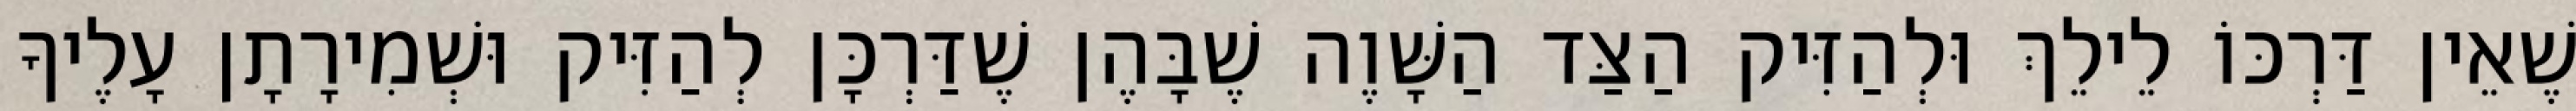
שֶׁאֵין דַּרְכּוֹ לֵילֵךְ וּלְהַזִּיק הַצַּד הַשָּׁוֶה שֶׁבָּהֶן שֶׁדַּרְכָּן לְהַזִּיק וּשְׁמִירָתָן עָלֶיךָ